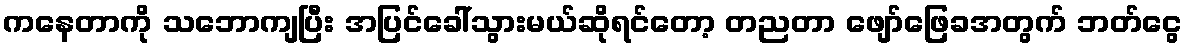
ကနေတာကို သဘောကျပြီး အပြင်ခေါ်သွားမယ်ဆိုရင်တော့ တညတာ ဖျော်ဖြေခအတွက် ဘတ်ငွေ